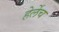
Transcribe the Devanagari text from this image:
हेर्लेच